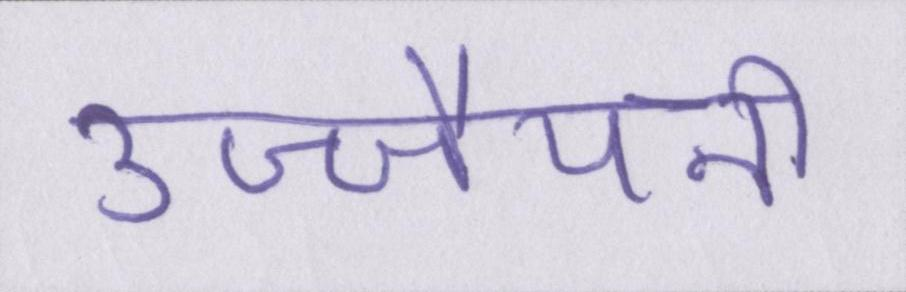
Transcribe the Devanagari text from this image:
उज्जैयनी